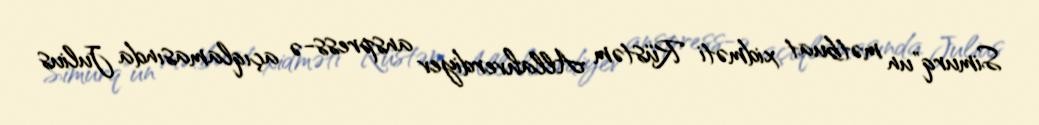
Simurq"un mətbuat xidməti Rüstəm Allahverdiyev anspress-ə açıqlamasında Julius